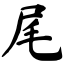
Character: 尾